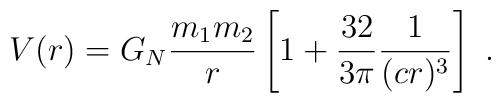
V(r) = G_N  \frac{m_1 m_2}{r}  \left[1+                   \frac{32}{3\pi}  \frac{1}{(c r)^3} \right]~.